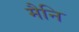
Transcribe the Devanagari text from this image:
मैनि